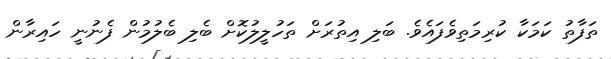
ތަފާތު ކަމަކާ ކުރިމަތިވެފައެވެ. ބަލި އިތުރަށް ތަހުލީލުކޮށް ބެލި ބެލުމުން ފެނުނީ ހައިރާން